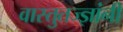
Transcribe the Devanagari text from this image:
वास्तुतज्ज्ञांनी